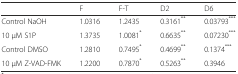
|  | F | F-T | D2 | D6 |
 | --- | --- | --- | --- | --- |
 | Control NaOH | 1.0316 | 1.2435 | 0.3161** | 0.03793*** |
 | 10 μM S1P | 1.3735 | 1.0081* | 0.6635** | 0.07230*** |
 | Control DMSO | 1.2810 | 0.7495* | 0.4699** | 0.1374*** |
 | 10 μM Z-VAD-FMK | 1.2200 | 0.7870* | 0.5263** | 0.3946 |